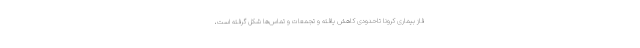
فاز بیماری کرونا تاحدودی کاهش یافته و تجمعات و تماس‌ها شکل گرفته است،